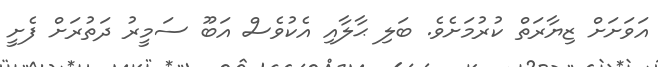
އަވަށަށް ޒިޔާރަތް ކުރުމަށެވެ. ބަލި ޙާލާއި އެކުވެސް އަބޫ ސަމީރު ދަތުރަށް ފެށީ